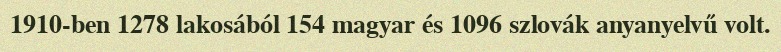
1910-ben 1278 lakosából 154 magyar és 1096 szlovák anyanyelvű volt.